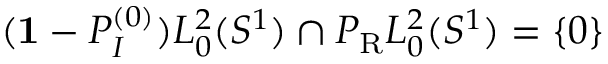
( { \bf 1 } - P _ { I } ^ { ( 0 ) } ) L _ { 0 } ^ { 2 } ( S ^ { 1 } ) \cap P _ { \mathrm { R } } L _ { 0 } ^ { 2 } ( S ^ { 1 } ) = \{ 0 \}